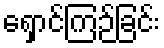
ရှောင်ကြဉ်ခြင်း